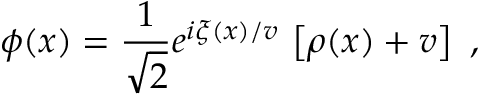
\phi ( x ) = \frac { 1 } { \sqrt { 2 } } e ^ { i \xi ( x ) / v } \, \left[ \rho ( x ) + v \right] \ ,